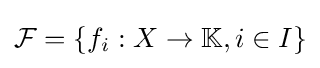
{\mathcal {F}}=\{f_{i}:X\to \mathbb {K} ,i\in I\}